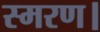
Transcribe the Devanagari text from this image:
स्मरण।